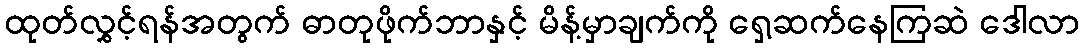
ထုတ်လွှင့်ရန်အတွက် ဓာတုဖိုက်ဘာနှင့် မိန့်မှာချက်ကို ရှေ့ဆက်နေကြဆဲ ဒေါလာ